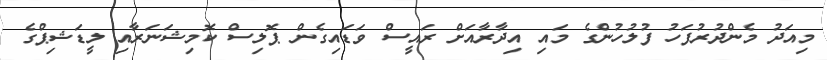
މިއަދު މެންދުރުފަހު ފުލުހުންގެ މައި އިދާރާއަށް ރައީސް ވަޑައިގެން ޕޮލިސް ކޮމިޝަނަރާއި ލީޑަޝިޕްގެ